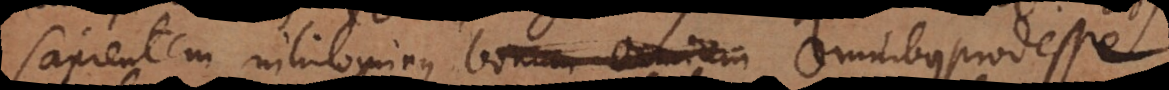
sapientem nihilominus bonum omnium omnibus prodesse